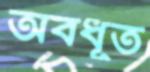
অবধূত